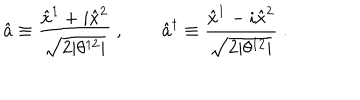
\hat { a } \equiv \frac { \hat { x } ^ { 1 } + i \hat { x } ^ { 2 } } { \sqrt { 2 | \theta ^ { 1 2 } | } } ~ , \qquad \hat { a } ^ { \dagger } \equiv \frac { \hat { x } ^ { 1 } - i \hat { x } ^ { 2 } } { \sqrt { 2 | \theta ^ { 1 2 } | } } ~ .